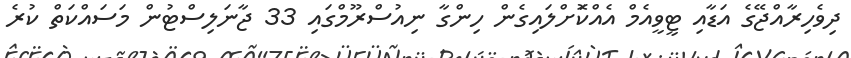
ދިވެހިރާއްޖޭގެ އަޑާއި ޓީވީއެމް އެއްކޮަށްލައިގެން ހިންގާ ނިއުސްރޫމްގައި 33 ޖާނަލިސްޓުން މަސައްކަތް ކުރެ